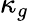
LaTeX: \kappa_{g}